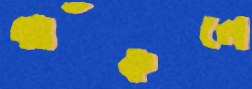
ঝাঁকলে